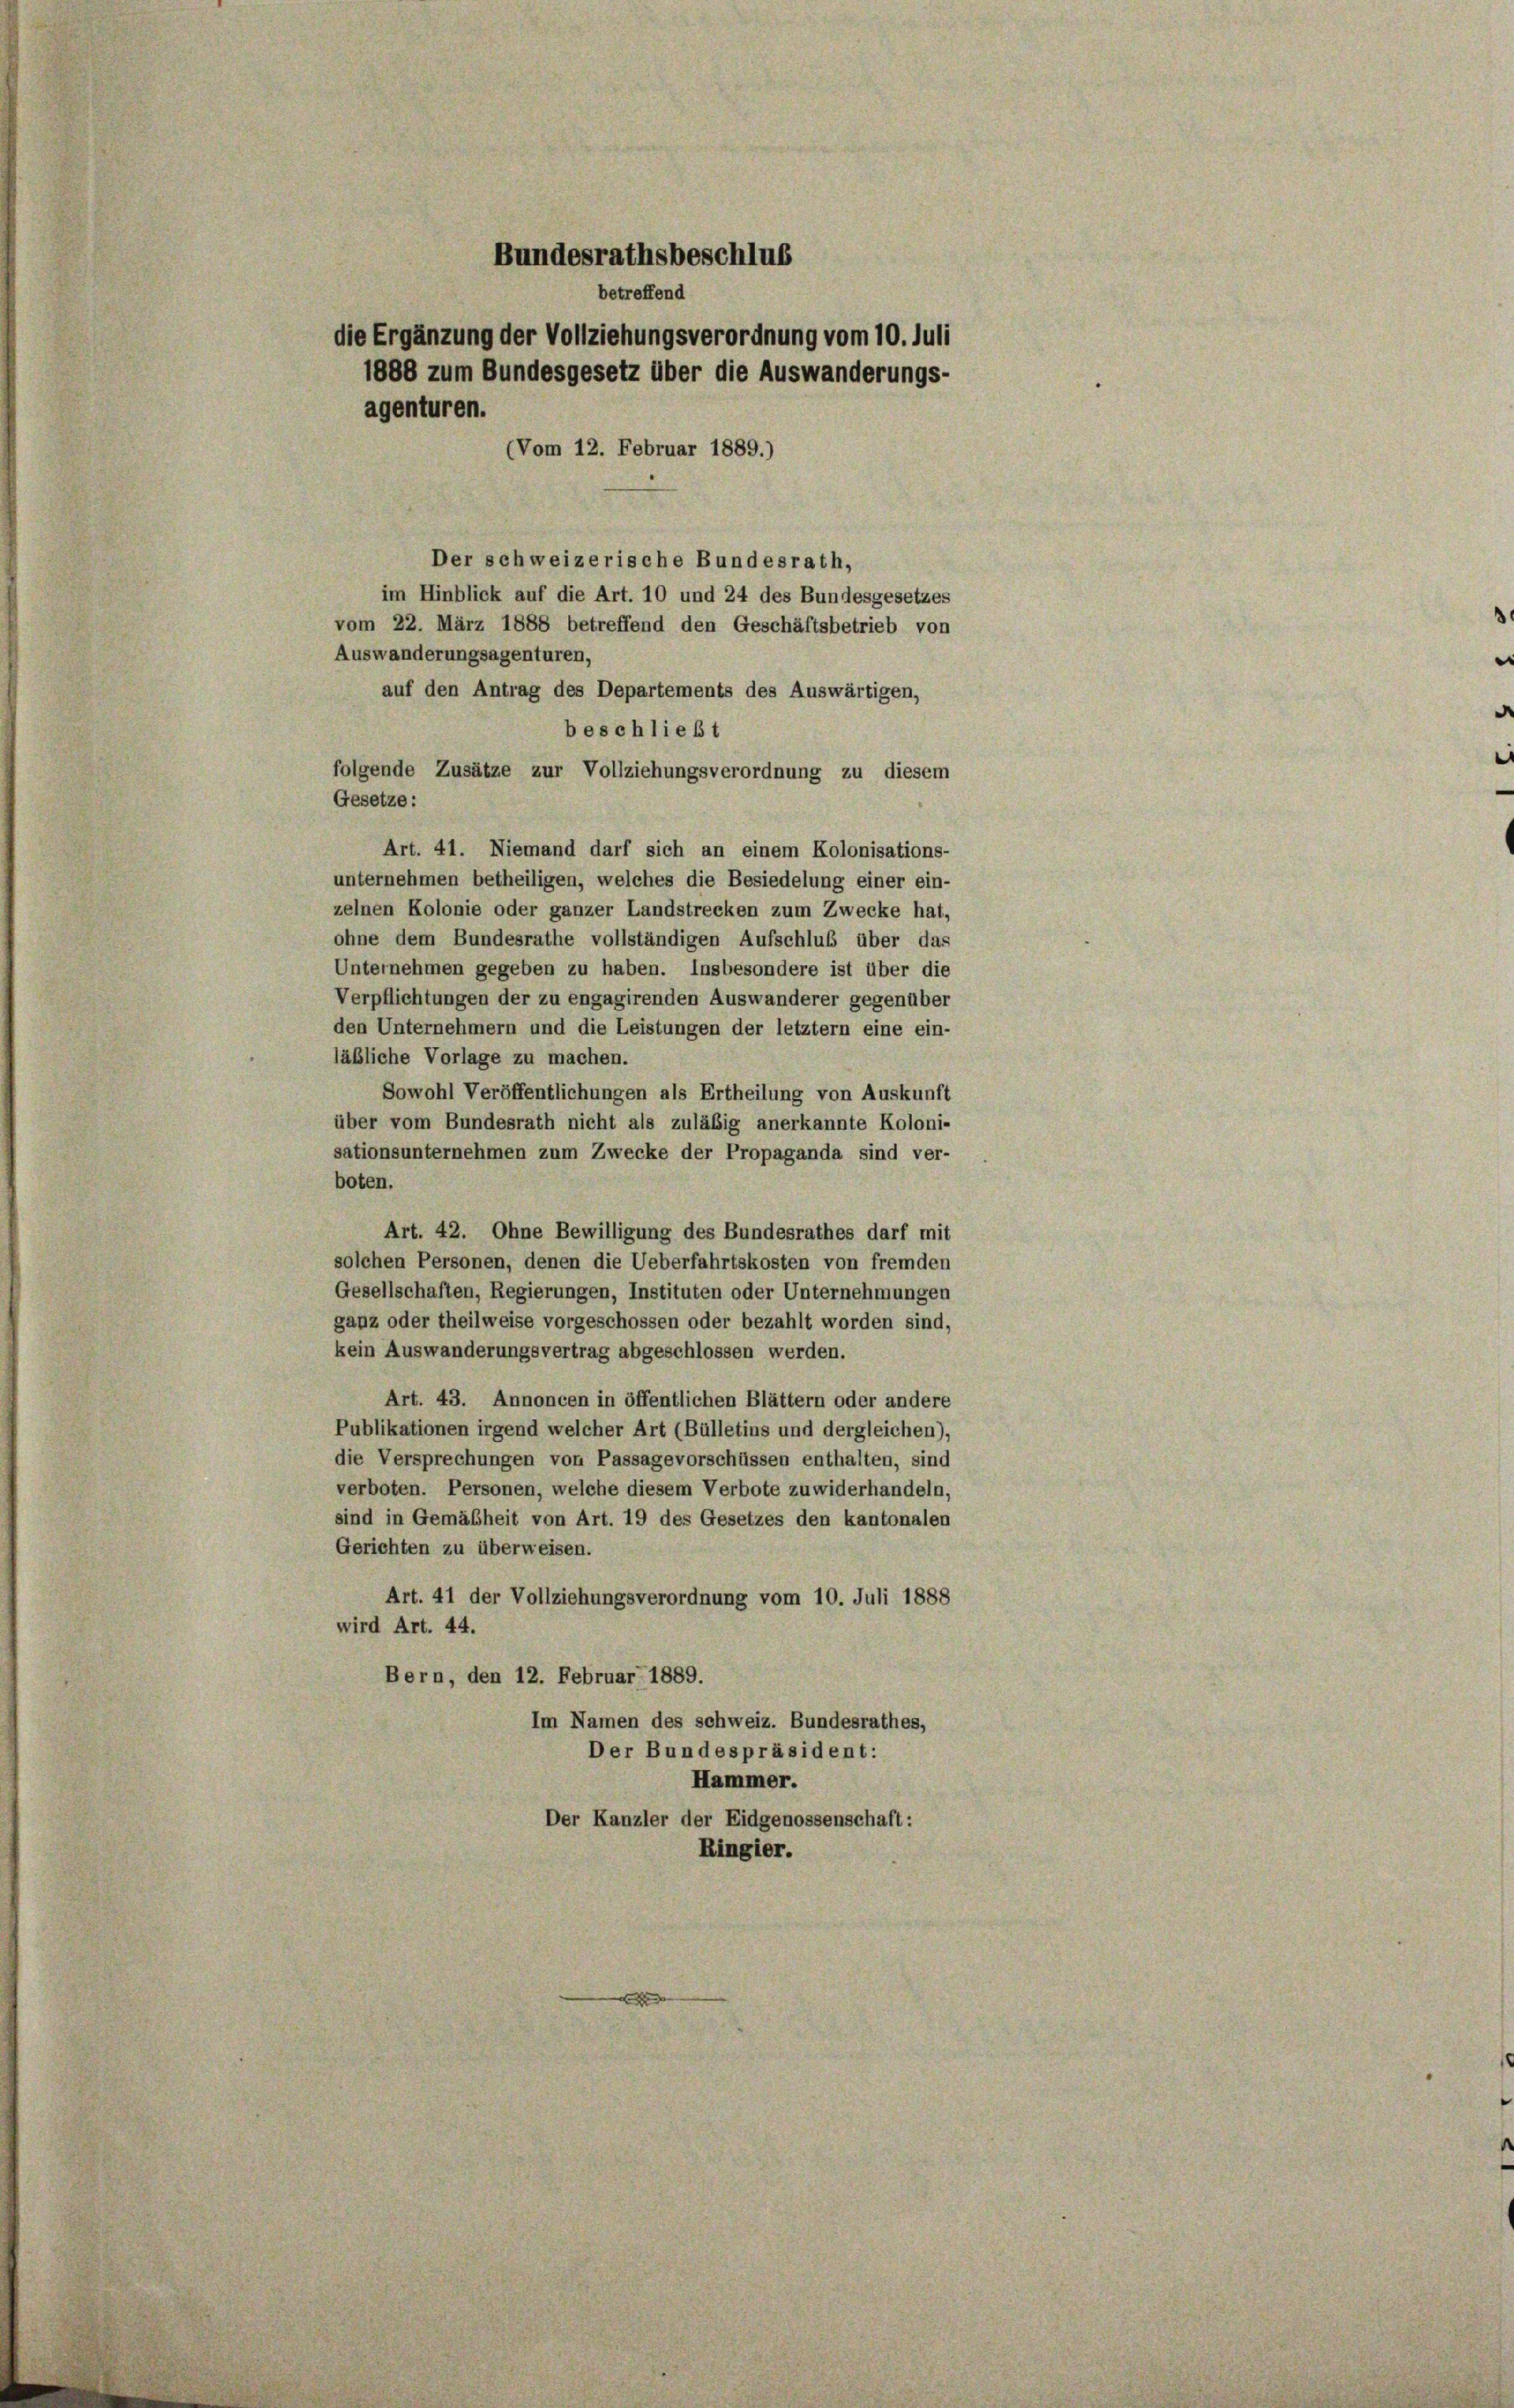
Bundesrathsbeschlus
betreffend
die Ergänzung der Vollziehungsverordnung vom 10. Juli
1888 zum Bundesgesetz über die Auswanderungs-
agenturen.
(Vom 12. Februar 1889.)

Der schweizerische Bundesrath,
im Hinblick auf die Art. 10 und 24 des Bundesgesetzes
vom 22. März 1888 betreffend den Geschäftsbetrieb von
Auswanderungsagenturen,
auf den Antrag des Departements des Auswärtigen,
beschließt
folgende Zusätze zur Vollziehungsverordnung zu diesem
Art. 41. Niemand darf sich an einem Kolonisations-
unternehmen betheiligen, welches die Besiedelung einer ein-
zelnen Kolonie oder ganzer Landstrecken zum Zwecke hat,
ohne dem Bundesrathe vollständigen Aufschluß über das
Unternehmen gegeben zu haben. Insbesondere ist über die
Verpflichtungen der zu engagirenden Auswanderer gegenüber
den Unternehmern und die Leistungen der letztem eine ein-
läbliche Vorlage zu machen.
Sowohl Veröffentlichungen als Ertheilung von Auskunft
über vom Bundesrath nicht als zuläßig anerkannte Koloni-
sationsunternehmen zum Zwecke der Propaganda sind ver-
boten.
Art. 42. Ohne Bewilligung des Bundesrathes darf mit
solchen Personen, denen die Ueberfahrtskosten von fremden
Gesellschaften, Regierungen, Instituten oder Unternehmungen
ganz oder theilweise vorgeschossen oder bezahlt worden sind,
kein Auswanderungsvertrag abgeschlossen werden.
Art. 43. Annoncen in öffentlichen Blättern oder andere
Publikationen irgend welcher Art (Bülletins und dergleichen),
die Versprechungen von Passagevorschüssen enthalten, sind
verboten. Personen, welche diesem Verbote zuwiderhandeln,
sind in Gemäßheit von Art. 19 des Gesetzes den kantonalen
Gerichten zu überweisen.
Art. 41 der Vollziehungsverordnung vom 10. Juli 1888
wird Art. 44.
Bern, den 12. Februar 1889.
Im Namen des schweiz. Bundesrathes,
Der Bundespräsident:
Hammer.
Der Kanzler der Eidgenossenschaft:
Ringier.

Gesetze: